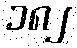
၁၈၂